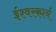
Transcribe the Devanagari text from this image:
ईश्वरकार्य